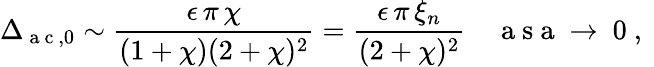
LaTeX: \Delta_{\mathrm{~a~c~},0}\sim\frac{\epsilon\, \pi\, \chi}{(1+\chi)(2+\chi)^{2}}=\frac{\epsilon\, \pi\, \xi_{n}}{(2+\chi)^{2}}\quad\mathrm{~a~s~a~\to~0~,~}